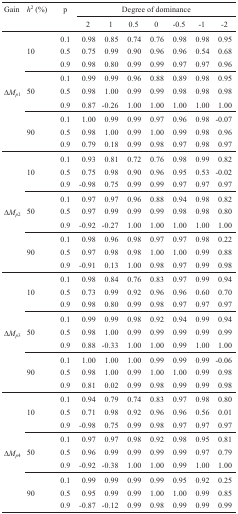
<table><thead><tr><td><b>Gain</b></td><td><b><i>h</i><sup>2</sup> (%)</b></td><td><b>p</b></td><td colspan="7"><b>Degree of dominance</b></td></tr><tr><td></td><td></td><td></td><td><b>2</b></td><td><b>1</b></td><td><b>0.5</b></td><td><b>0</b></td><td><b>-0.5</b></td><td><b>-1</b></td><td><b>-2</b></td></tr></thead><tbody><tr><td></td><td></td><td>0.1</td><td>0.98</td><td>0.85</td><td>0.74</td><td>0.76</td><td>0.98</td><td>0.98</td><td>0.95</td></tr><tr><td></td><td>10</td><td>0.5</td><td>0.75</td><td>0.99</td><td>0.90</td><td>0.96</td><td>0.96</td><td>0.54</td><td>0.68</td></tr><tr><td></td><td></td><td>0.9</td><td>0.98</td><td>0.80</td><td>0.99</td><td>0.99</td><td>0.97</td><td>0.97</td><td>0.96</td></tr><tr><td></td><td></td><td>0.1</td><td>0.99</td><td>0.99</td><td>0.96</td><td>0.88</td><td>0.89</td><td>0.98</td><td>0.95</td></tr><tr><td>Δ<i>M</i><sub><i>p</i></sub><sub>1</sub></td><td>50</td><td>0.5</td><td>0.98</td><td>1.00</td><td>0.99</td><td>0.99</td><td>0.98</td><td>0.98</td><td>0.98</td></tr><tr><td></td><td></td><td>0.9</td><td>0.87</td><td>-0.26</td><td>1.00</td><td>1.00</td><td>1.00</td><td>1.00</td><td>1.00</td></tr><tr><td></td><td></td><td>0.1</td><td>1.00</td><td>0.99</td><td>0.99</td><td>0.97</td><td>0.96</td><td>0.98</td><td>-0.07</td></tr><tr><td></td><td>90</td><td>0.5</td><td>0.98</td><td>1.00</td><td>0.99</td><td>1.00</td><td>0.99</td><td>0.98</td><td>0.96</td></tr><tr><td></td><td></td><td>0.9</td><td>0.79</td><td>0.18</td><td>0.99</td><td>0.98</td><td>0.97</td><td>0.98</td><td>0.97</td></tr><tr><td></td><td></td><td>0.1</td><td>0.93</td><td>0.81</td><td>0.72</td><td>0.76</td><td>0.98</td><td>0.99</td><td>0.82</td></tr><tr><td></td><td>10</td><td>0.5</td><td>0.75</td><td>0.98</td><td>0.90</td><td>0.96</td><td>0.95</td><td>0.53</td><td>-0.02</td></tr><tr><td></td><td></td><td>0.9</td><td>-0.98</td><td>0.75</td><td>0.99</td><td>0.99</td><td>0.97</td><td>0.97</td><td>0.97</td></tr><tr><td></td><td></td><td>0.1</td><td>0.97</td><td>0.97</td><td>0.96</td><td>0.88</td><td>0.94</td><td>0.98</td><td>0.82</td></tr><tr><td>Δ<i>M</i><sub><i>p</i></sub><sub>2</sub></td><td>50</td><td>0.5</td><td>0.97</td><td>0.99</td><td>0.99</td><td>0.99</td><td>0.98</td><td>0.98</td><td>0.80</td></tr><tr><td></td><td></td><td>0.9</td><td>-0.92</td><td>-0.27</td><td>1.00</td><td>1.00</td><td>1.00</td><td>1.00</td><td>1.00</td></tr><tr><td></td><td></td><td>0.1</td><td>0.98</td><td>0.96</td><td>0.98</td><td>0.97</td><td>0.97</td><td>0.98</td><td>0.22</td></tr><tr><td></td><td>90</td><td>0.5</td><td>0.97</td><td>0.98</td><td>0.98</td><td>1.00</td><td>1.00</td><td>0.99</td><td>0.88</td></tr><tr><td></td><td></td><td>0.9</td><td>-0.91</td><td>0.13</td><td>1.00</td><td>0.98</td><td>0.97</td><td>0.99</td><td>0.98</td></tr><tr><td></td><td></td><td>0.1</td><td>0.98</td><td>0.84</td><td>0.76</td><td>0.83</td><td>0.97</td><td>0.99</td><td>0.94</td></tr><tr><td></td><td>10</td><td>0.5</td><td>0.73</td><td>0.99</td><td>0.92</td><td>0.96</td><td>0.96</td><td>0.60</td><td>0.70</td></tr><tr><td></td><td></td><td>0.9</td><td>0.98</td><td>0.80</td><td>0.99</td><td>0.98</td><td>0.97</td><td>0.97</td><td>0.97</td></tr><tr><td></td><td></td><td>0.1</td><td>0.99</td><td>0.99</td><td>0.98</td><td>0.92</td><td>0.94</td><td>0.99</td><td>0.94</td></tr><tr><td>Δ<i>M</i><sub><i>p</i></sub><sub>3</sub></td><td>50</td><td>0.5</td><td>0.98</td><td>1.00</td><td>0.99</td><td>0.99</td><td>0.99</td><td>0.99</td><td>0.99</td></tr><tr><td></td><td></td><td>0.9</td><td>0.88</td><td>-0.33</td><td>1.00</td><td>1.00</td><td>0.99</td><td>1.00</td><td>1.00</td></tr><tr><td></td><td></td><td>0.1</td><td>1.00</td><td>1.00</td><td>1.00</td><td>0.99</td><td>0.99</td><td>0.99</td><td>-0.06</td></tr><tr><td></td><td>90</td><td>0.5</td><td>0.98</td><td>1.00</td><td>0.99</td><td>1.00</td><td>1.00</td><td>0.99</td><td>0.98</td></tr><tr><td></td><td></td><td>0.9</td><td>0.81</td><td>0.02</td><td>0.99</td><td>0.98</td><td>0.99</td><td>0.99</td><td>0.98</td></tr><tr><td></td><td></td><td>0.1</td><td>0.94</td><td>0.79</td><td>0.74</td><td>0.83</td><td>0.97</td><td>0.98</td><td>0.80</td></tr><tr><td></td><td>10</td><td>0.5</td><td>0.71</td><td>0.98</td><td>0.92</td><td>0.96</td><td>0.96</td><td>0.56</td><td>0.01</td></tr><tr><td></td><td></td><td>0.9</td><td>-0.98</td><td>0.75</td><td>0.99</td><td>0.98</td><td>0.97</td><td>0.97</td><td>0.97</td></tr><tr><td></td><td></td><td>0.1</td><td>0.97</td><td>0.97</td><td>0.98</td><td>0.92</td><td>0.98</td><td>0.95</td><td>0.81</td></tr><tr><td>Δ<i>M</i><sub><i>p</i></sub><sub>4</sub></td><td>50</td><td>0.5</td><td>0.96</td><td>0.99</td><td>0.99</td><td>0.99</td><td>0.99</td><td>0.97</td><td>0.79</td></tr><tr><td></td><td></td><td>0.9</td><td>-0.92</td><td>-0.38</td><td>1.00</td><td>1.00</td><td>0.99</td><td>1.00</td><td>1.00</td></tr><tr><td></td><td></td><td>0.1</td><td>0.99</td><td>0.99</td><td>0.99</td><td>0.99</td><td>0.95</td><td>0.92</td><td>0.25</td></tr><tr><td></td><td>90</td><td>0.5</td><td>0.95</td><td>0.99</td><td>0.99</td><td>1.00</td><td>1.00</td><td>0.99</td><td>0.85</td></tr><tr><td></td><td></td><td>0.9</td><td>-0.87</td><td>-0.12</td><td>0.99</td><td>0.98</td><td>0.99</td><td>0.99</td><td>0.99</td></tr></tbody></table>